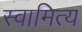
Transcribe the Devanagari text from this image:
स्वामित्य